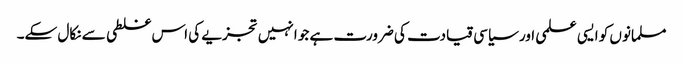
مسلمانوں کو ایسی علمی اور سیاسی قیادت کی ضرورت ہے جو انہیں تجزیے کی اس غلطی سے نکال سکے۔